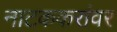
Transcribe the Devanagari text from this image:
नाटककरांवर